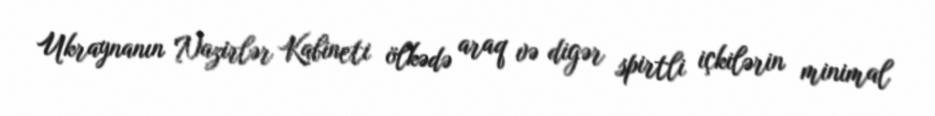
Ukraynanın Nazirlər Kabineti ölkədə araq və digər spirtli içkilərin minimal